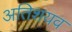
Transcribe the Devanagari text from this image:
अतिशयव